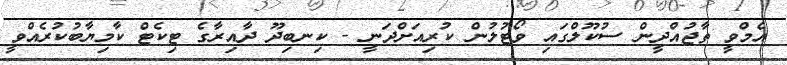
އެމްވީ ތާޖުއްދީން ސުކޫލްގައި ވޯޓުލުން ކުރިއަށްދަނީ - ކިނބިދޫ ދާއިރާގެ ޓިކެޓް ކާމިޔާބުކުރެއްވީ